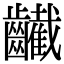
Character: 䶪